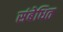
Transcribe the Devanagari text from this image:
संबेधित